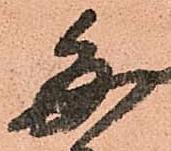
毎